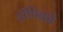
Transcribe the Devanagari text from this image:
ट्रोपिको